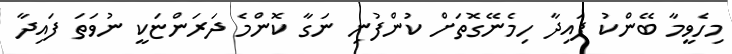
މިހެވީމާ ބޭންކު ފައިދާ ހިމެނޭގޮތަށް ކުންފުނި ނަގާ ކޮންމެ ދަރަންޏަކީ ނުވަތަ ފައިދާ